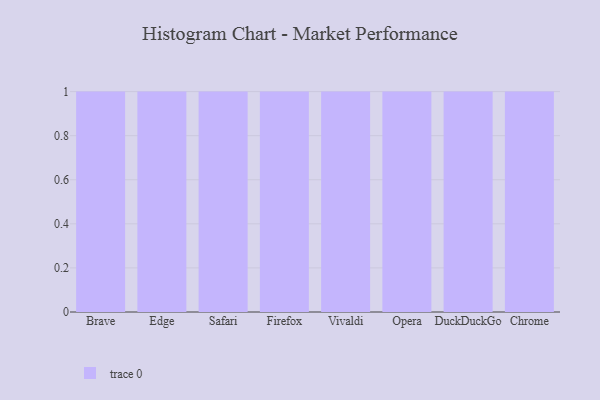
{"axis": {"x": "Browser", "y": "Revenue (USD Million)"}, "legend": [""], "data": [{"x": "Brave", "y": 65, "type": ""}, {"x": "Edge", "y": 2, "type": ""}, {"x": "Safari", "y": 93, "type": ""}, {"x": "Firefox", "y": 85, "type": ""}, {"x": "Vivaldi", "y": 40, "type": ""}, {"x": "Opera", "y": 43, "type": ""}, {"x": "DuckDuckGo", "y": 26, "type": ""}, {"x": "Chrome", "y": 75, "type": ""}]}